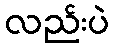
လည်းပဲ